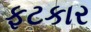
ફટકાર